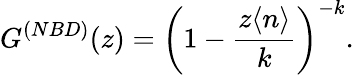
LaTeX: G^{(NBD)}(z)=\left(1-\frac{z\langle n\rangle}{k}\right)^{-k}.